Scottish Certificate of Education, 1963
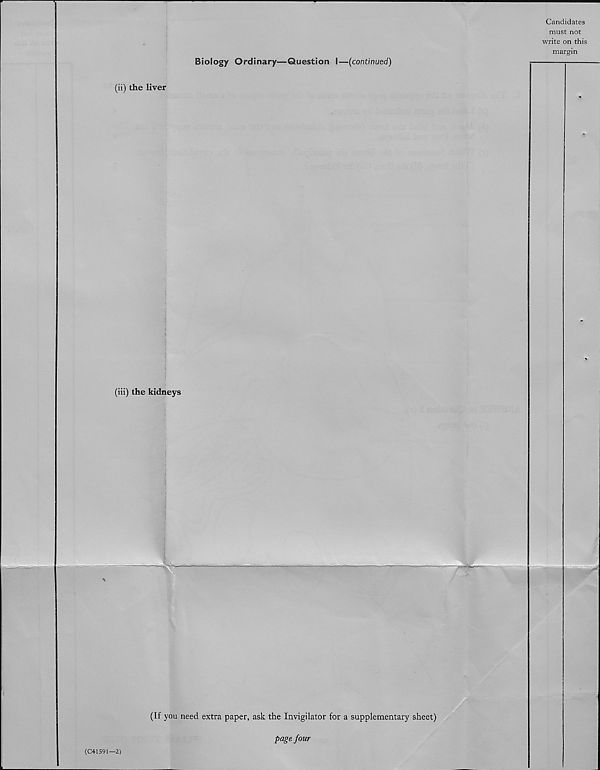
\
(C41591
Candidates
must not
write on this
margin
Biology Ordinary—Question I—(continued)
(ii) the liver
(iii) the kidneys
■2)
(If you need extra paper, ask the Invigilator for a supplementary sheet)
page four